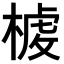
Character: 𣖳